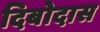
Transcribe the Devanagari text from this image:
दिबोदास